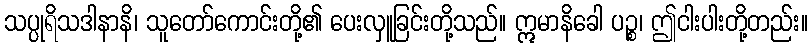
သပ္ပုရိသဒါနာနိ၊ သူတော်ကောင်းတို့၏ ပေးလှူခြင်းတို့သည်။ ဣမာနိခေါ ပဉ္စ၊ ဤငါးပါးတို့တည်း။